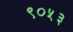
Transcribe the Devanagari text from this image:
९०५३